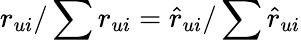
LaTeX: r_{ui}/\sum r_{ui}=\hat{r}_{ui}/\sum\hat{r}_{ui}